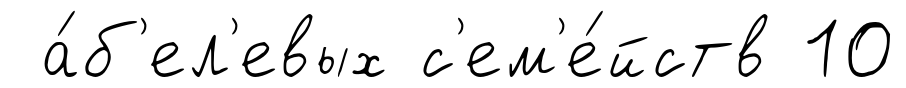
а́б'ел'евых с'ем'е́йств 10